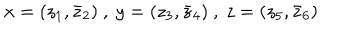
x = ( z _ { 1 } , \bar { z } _ { 2 } ) ~ , ~ y = ( z _ { 3 } , \bar { z } _ { 4 } ) ~ , ~ z = ( z _ { 5 } , \bar { z } _ { 6 } )